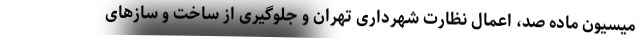
میسیون ماده صد، اعمال نظارت شهرداری تهران و جلوگیری از ساخت‌ و سازهای